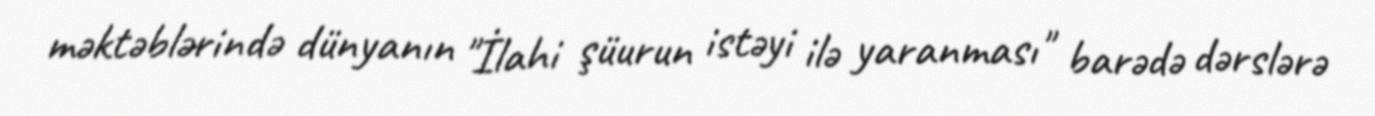
məktəblərində dünyanın "İlahi şüurun istəyi ilə yaranması" barədə dərslərə